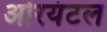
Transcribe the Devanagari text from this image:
ओरयंटल